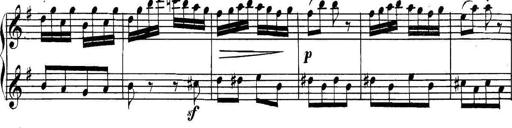
Title: Collected Piano Sonatas
Composer: Muzio Clementi